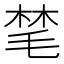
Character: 𪵝